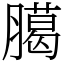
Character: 臈